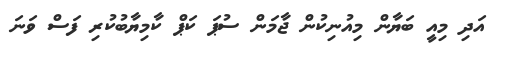
އަދި މިއީ ބަޔާން މިއުނިކުން ޖާމަން ސުޕަ ކަޕް ކާމިޔާބުކުރި ފަސް ވަނަ